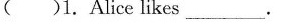
()1.Alice likes___